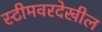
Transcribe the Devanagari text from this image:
स्टीमवरदेखील